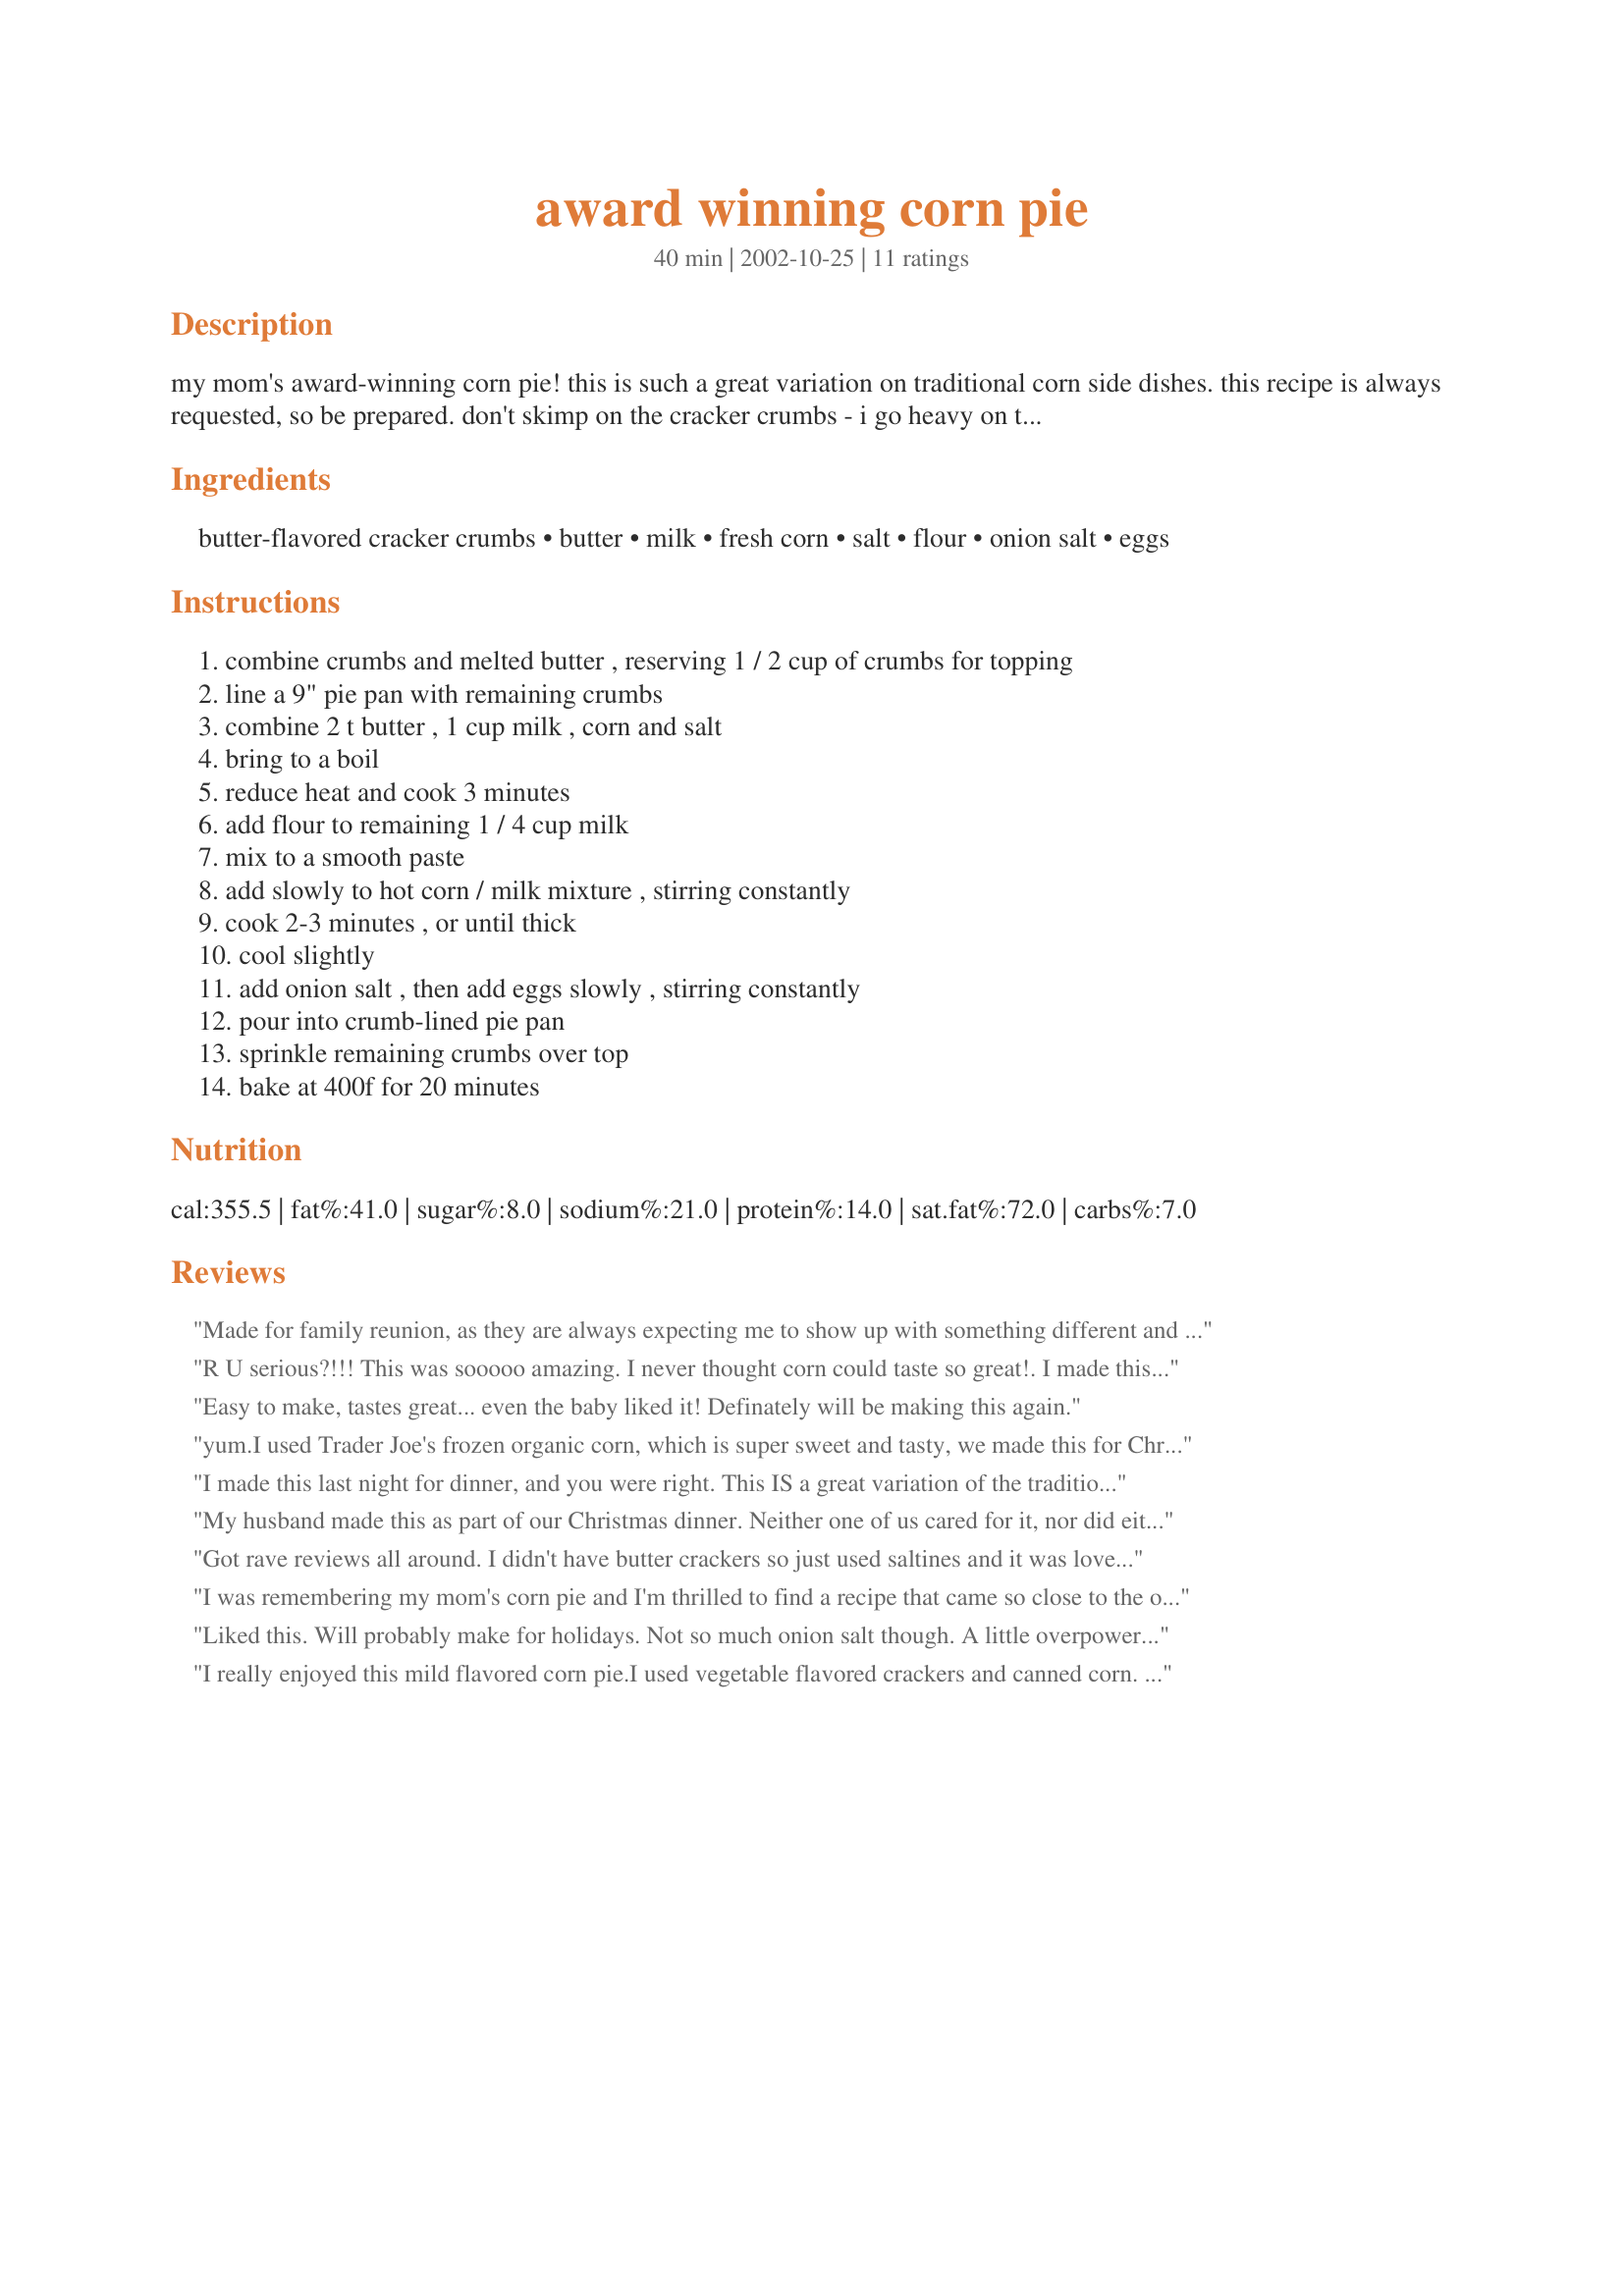
award winning corn pie
Preparation time: 40 minutes

my mom's award-winning corn pie! this is such a great variation on traditional corn side dishes. this recipe is always requested, so be prepared. don't skimp on the cracker crumbs - i go heavy on them in the recipe - and this is truly the best when you use butter-flavored crackers (club crackers or similar) - just not the same w/ saltine-type crackers. enjoy this! i usually always double this recipe and make two pies, 'cuz everyone takes seconds (and thirds!) this also is simple to make ahead, then just bake when you're ready - perfect for after church or when you're in a hurry!

Ingredients:
butter-flavored cracker crumbs, butter, milk, fresh corn, salt, flour, onion salt, eggs

Steps:
combine crumbs and melted butter , reserving 1 / 2 cup of crumbs for topping, line a 9" pie pan with remaining crumbs, combine 2 t butter , 1 cup milk , corn and salt, bring to a boil, reduce heat and cook 3 minutes, add flour to remaining 1 / 4 cup milk, mix to a smooth paste, add slowly to hot corn / milk mixture , stirring constantly, cook 2-3 minutes , or until thick, cool slightly, add onion salt , then add eggs slowly , stirring constantly, pour into crumb-lined pie pan, sprinkle remaining crumbs over top, bake at 400f for 20 minutes

Reviews:
Made for family reunion, as they are always expecting me to show up with something different and GREAT! Everyone loved it. I barely even got a bite.
Also, recipe is easily doubled and baked in 2 pie pans.
R U serious?!!! This was sooooo amazing. I never thought corn could taste so great!. I made this for Thanksgiving (sorry it took me so long!) and I will make it every year from now on!....I will also make more when I make it. Thank you so much for sharing your recipe.
Easy to make, tastes great... even the baby liked it!

Definately will be making this again.
yum.I used Trader Joe's frozen organic corn, which is super sweet and tasty, we made this for Christmas, and it was a big hit. Personally I could live on this stuff. Next year I'll try making it in advance, it was quite good reheated.
I made this last night for dinner, and you were right. This IS a great variation of the traditional corn side dish. Very light with a lovely texture, and pretty to serve. Instead of adding onion salt, I minced about 3 Tablespoons of onion to go into the dish. I also sprinkled garlic powder on the crumb topping for a bit of flavor. I can see adding smoked turkey or ham to this for a main dish meal. Hmmmm...

My husband made this as part of our Christmas dinner. Neither one of us cared for it, nor did either one of my stepdaughters. We followed the recipe exactly, but it tasted rather bland when it was finished. We used sweet corn, but I think the milk/egg mixture kind of overtook the dish. Sorry, it just wasn't for us.
Got rave reviews all around. I didn't have butter crackers so just used saltines and it was lovely. I also didn't have onion salt so substituted 1/2 t. minced dried onion and 1/2 t. kosher salt (added at step three). Served with a roast, tossed green salad, and rolls. Yum!
I was remembering my mom's corn pie and I'm thrilled to find a recipe that came so close to the original! Having no cracker crumbs I used a pie crust and I jazzed up the recipe a bit with 1 tsp. dried dill, 1 tbsp. onion powder, and a grind or two of fresh pepper. I also topped the pie with buttered bread crumbs and a sprinkling of paprika....the pie was delicious! Thanks so much for bringing back memories with this great recipe, WJKing! :)
Liked this. Will probably make for holidays. Not so much onion salt though. A little overpowering flavor. Thanks.
I really enjoyed this mild flavored corn pie.I used vegetable flavored crackers and canned corn. I did add a little Greek seasoning as it was a little bland. Thanks for a lovely way to serve corn!
I was expecting to LOVE this recipe. I love corn, I love casserole type dishes, I love comfort food. I was really disappointed. It as bland and boring and I think I would have liked plain corn better. I will have to continue the search for a 'comfort' food that includes corn.
